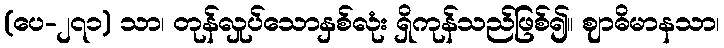
(ပေ-၂၇၁) သာ၊ တုန်လှုပ်သောနှစ်လုံး ရှိကုန်သည်ဖြစ်၍။ ဈာဓိမာနသာ၊